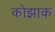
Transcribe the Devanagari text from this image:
कोझाक